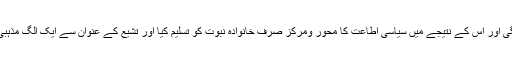
تیسرے عنصر نے اپنی قلبی وروحانی وابستگی اور اس کے نتیجے میں سیاسی اطاعت کا محور ومرکز صرف خانوادہ نبوت کو تسلیم کیا اور تشیع کے عنوان سے ایک الگ مذہبی وسیاسی گروہ کی صورت میں منظم ہو گیا۔